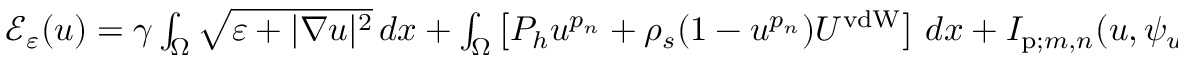
\begin{array} { r } { \mathcal E _ { \varepsilon } ( u ) = \gamma \int _ { \Omega } \sqrt { \varepsilon + | \nabla u | ^ { 2 } } \, d x + \int _ { \Omega } \left[ P _ { h } u ^ { p _ { n } } + \rho _ { s } ( 1 - u ^ { p _ { n } } ) U ^ { \mathrm { v d W } } \right] \, d x + I _ { \mathrm { p } ; m , n } ( u , \psi _ { u } ) } \end{array}